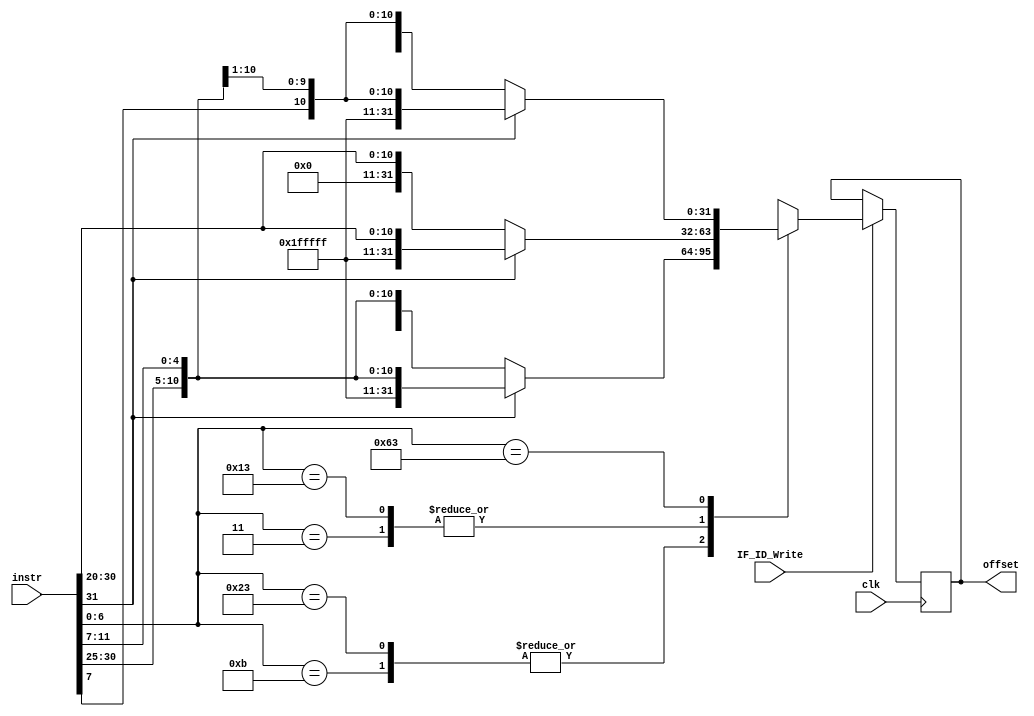
module offset_imm_ext(clk,instr,IF_ID_Write,offset);
input clk;
input [31:0] instr;
input IF_ID_Write;
output reg [31:0] offset;

always@(negedge clk)
 if(IF_ID_Write)
 begin
    case(instr[6:0]) 
        7'b0100011,7'b0001011: //sw
                begin
                    if(instr[31])
                        offset={20'hfffff,instr[31:25],instr[11:7]};
                    else
                        offset={20'b0,instr[31:25],instr[11:7]};
                end
        7'b0000011: //lw
                begin
                    if(instr[31])
                        offset={20'hfffff,instr[31:20]};
                    else
                        offset={20'b0,instr[31:20]};
                 end
        7'b0010011://addimm
                begin
                    if(instr[31])
                        offset={20'hfffff,instr[31:20]};
                    else
                        offset={20'b0,instr[31:20]};
                 end
        7'b1100011: //branch
                begin
                    if(instr[31])
                        offset={20'hfffff,instr[31],instr[7],instr[30:25],instr[11:8]};
                    else
                        offset={20'b0,instr[31],instr[7],instr[30:25],instr[11:8]};
                end
        default:
                offset=32'hx;
    endcase

 end

endmodule